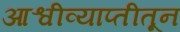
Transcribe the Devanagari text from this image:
आश्वीव्याप्तीतून